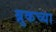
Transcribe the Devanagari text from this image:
ब्रुकच्या